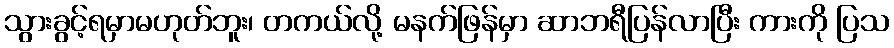
သွားခွင့်ရမှာမဟုတ်ဘူး၊ တကယ်လို့ မနက်ဖြန်မှာ ဆာဘရီပြန်လာပြီး ကားကို ပြသ